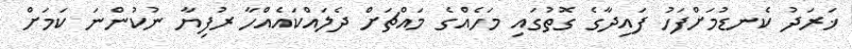
ޚަރަދު ކެނޑުމަށްފަހު ފައިދާގެ ގޮތުގައި މަހެއްގެ މައްޗަށް ދެލައްކައެއްހާ ރުފިޔާ ނުކުންނަ ކަމަށް